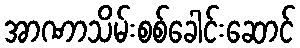
အာဏာသိမ်းစစ်ခေါင်းဆောင်